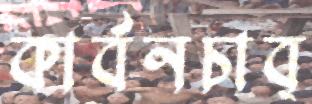
কার্বনচাব্